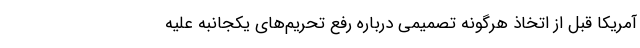
آمریکا قبل از اتخاذ هرگونه تصمیمی درباره رفع تحریم‌های یکجانبه علیه